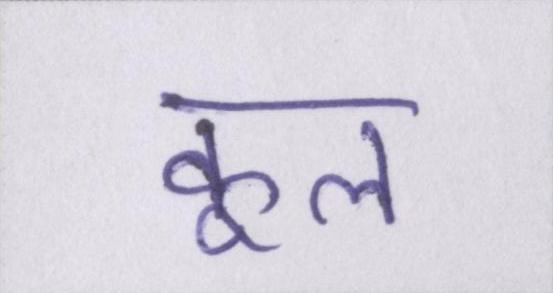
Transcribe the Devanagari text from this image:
कूल